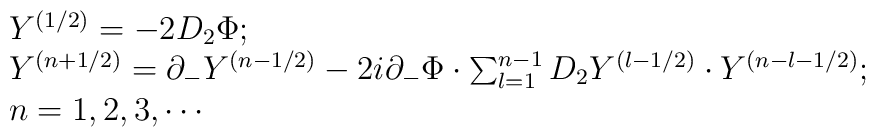
\begin{array}{l}Y^{(1/2)} = -2 D_2 \Phi;\\Y^{(n+1/2)} = \partial_- Y^{(n-1/2)} - 2i \partial_- \Phi \cdot \sum_{l=1}^{n-1} D_2 Y^{(l-1/2)} \cdot Y^{(n-l-1/2)}; \\n=1,2,3, \cdots\end{array}